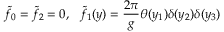
\tilde { f } _ { 0 } = \tilde { f } _ { 2 } = 0 , \ \ \tilde { f } _ { 1 } ( y ) = { \frac { 2 \pi } { g } } \theta ( y _ { 1 } ) \delta ( y _ { 2 } ) \delta ( y _ { 3 } )